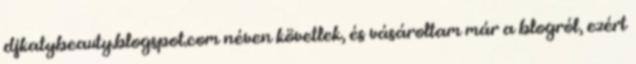
djkatybeauty.blogspot.com néven követlek, és vásároltam már a blogról, ezért